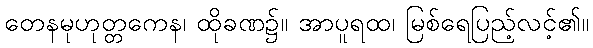
တေနမုဟုတ္တကေန၊ ထိုခဏ၌။ အာပူရထ၊ မြစ်ရေပြည့်လင့်၏။